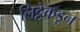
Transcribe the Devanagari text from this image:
लिट्टेकडून